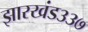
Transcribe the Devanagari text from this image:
झारखंड३३७